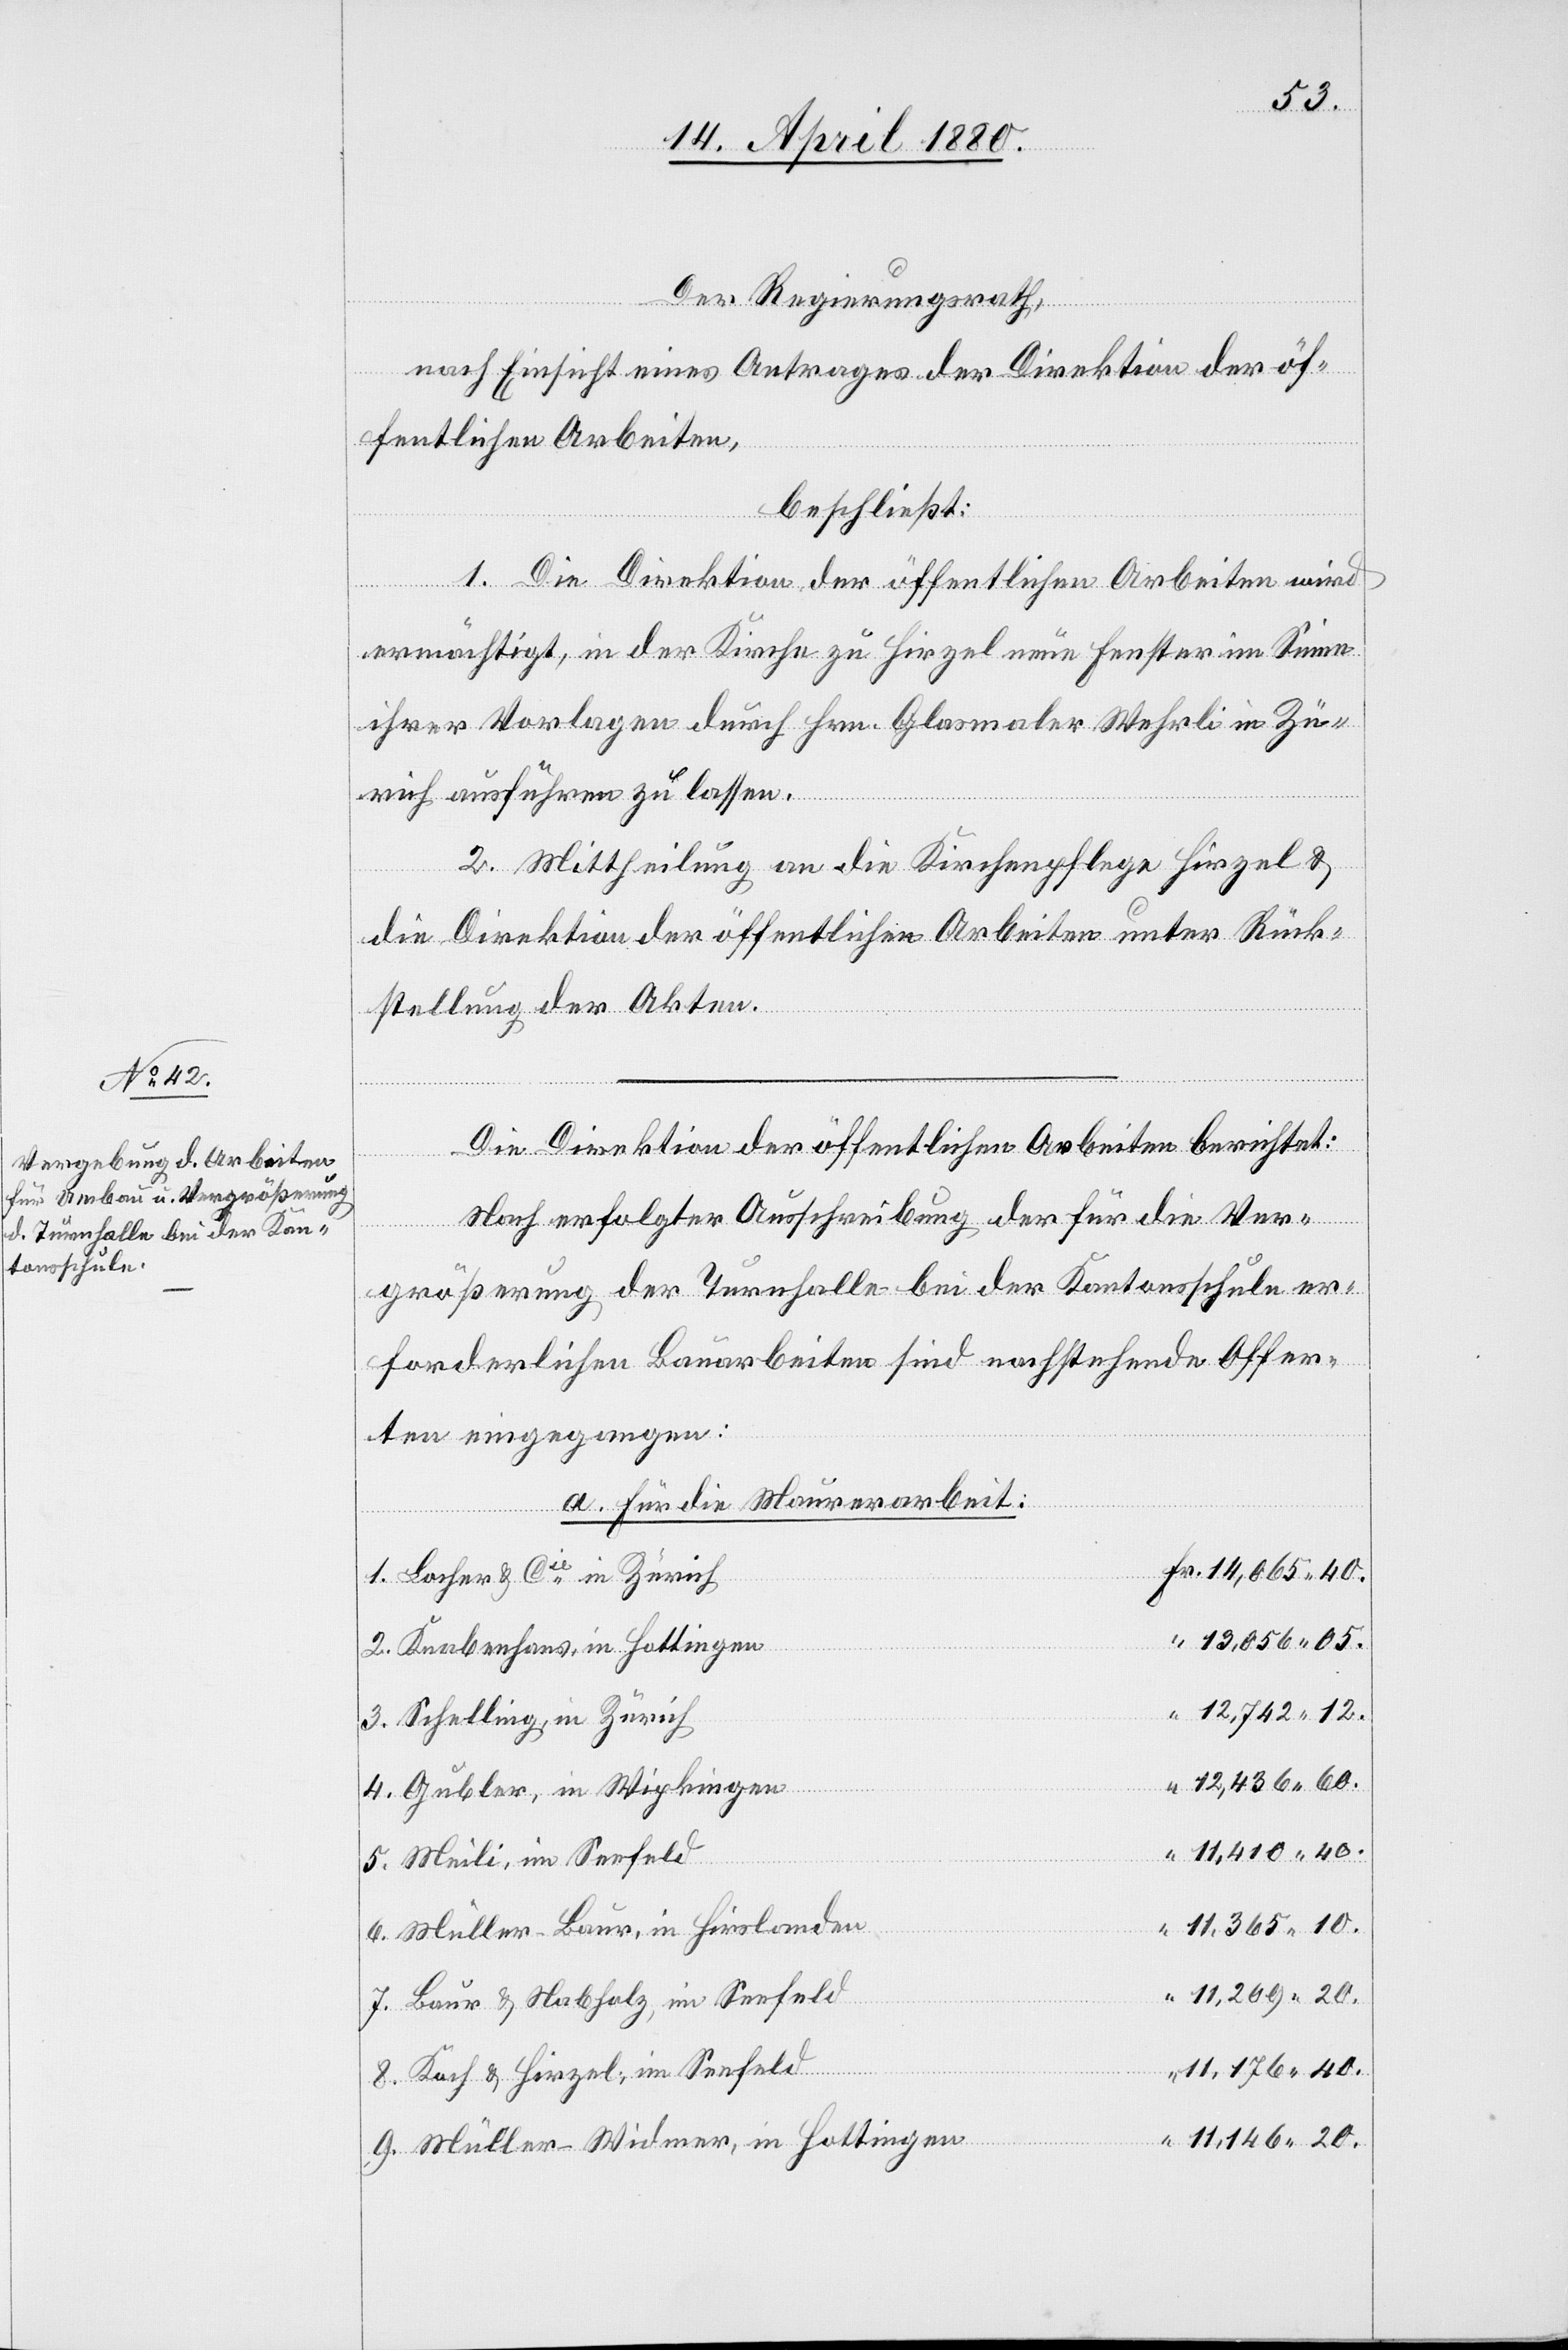
12 436.

05.
Der Regierungsrath,
nach Einsicht eines Antrages der Direktion der öf¬
fentlichen Arbeiten,
beschließt:
1. Die Direktion der öffentlichen Arbeiten wird
“
ermächtigt, in der Kirche zu Hirzel Fenster im Sinne
ihrer Vorlagen durch Hrn. Glasmaler Wehrli in Zü¬
rich ausführen zu lassen.
2. Mittheilung an die Kirchenpflege Hirzel &
die Direktion der öffentlichen Arbeiten unter Rück¬
stellung der Akten.
Die Direktion der öffentlichen Arbeiten berichtet:
Nach erfolgter Ausschreibung der für die Ver¬
9.
größerung der Turnhalle bei der Kantonsschule er¬
forderlichen Bauarbeiten sind nachstehende Offer¬
ten eingegangen:
a. für die Maurerarbeit:
Bacher & Cie in Zürich
Knabenhans, in Hottingen
40.
Schelling, in Zürich
Gubler, in Wipkingen
Meili, im Seefeld
Müller-Baur, in Hirslanden
Baur & Nabholz, im Seefeld
Koch & Hirzel, im Seefeld
Müller-Widmer, in Hottingen

20.